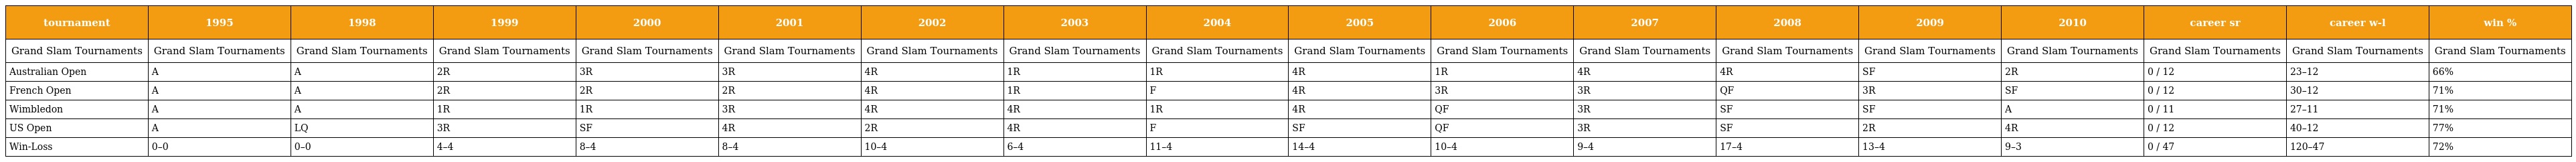
| tournament | 1995 | 1998 | 1999 | 2000 | 2001 | 2002 | 2003 | 2004 | 2005 | 2006 | 2007 | 2008 | 2009 | 2010 | career sr | career w-l | win % |
 | --- | --- | --- | --- | --- | --- | --- | --- | --- | --- | --- | --- | --- | --- | --- | --- | --- | --- |
 | Grand Slam Tournaments | Grand Slam Tournaments | Grand Slam Tournaments | Grand Slam Tournaments | Grand Slam Tournaments | Grand Slam Tournaments | Grand Slam Tournaments | Grand Slam Tournaments | Grand Slam Tournaments | Grand Slam Tournaments | Grand Slam Tournaments | Grand Slam Tournaments | Grand Slam Tournaments | Grand Slam Tournaments | Grand Slam Tournaments | Grand Slam Tournaments | Grand Slam Tournaments | Grand Slam Tournaments |
 | Australian Open | A | A | 2R | 3R | 3R | 4R | 1R | 1R | 4R | 1R | 4R | 4R | SF | 2R | 0 / 12 | 23–12 | 66% |
 | French Open | A | A | 2R | 2R | 2R | 4R | 1R | F | 4R | 3R | 3R | QF | 3R | SF | 0 / 12 | 30–12 | 71% |
 | Wimbledon | A | A | 1R | 1R | 3R | 4R | 4R | 1R | 4R | QF | 3R | SF | SF | A | 0 / 11 | 27–11 | 71% |
 | US Open | A | LQ | 3R | SF | 4R | 2R | 4R | F | SF | QF | 3R | SF | 2R | 4R | 0 / 12 | 40–12 | 77% |
 | Win-Loss | 0–0 | 0–0 | 4–4 | 8–4 | 8–4 | 10–4 | 6–4 | 11–4 | 14–4 | 10–4 | 9–4 | 17–4 | 13–4 | 9–3 | 0 / 47 | 120–47 | 72% |